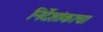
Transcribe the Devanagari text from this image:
निर्देशांकाचा